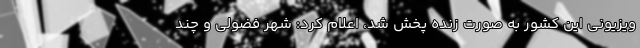
ویزیونی این کشور به صورت زنده پخش شد، اعلام کرد: شهر فضولی و چند